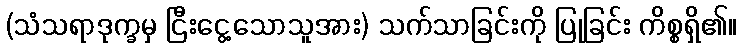
(သံသရာဒုက္ခမှ ငြီးငွေ့သောသူအား) သက်သာခြင်းကို ပြုခြင်း ကိစ္စရှိ၏။